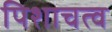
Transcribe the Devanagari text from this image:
पिशाचत्व